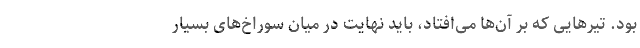
بود. تیرهایی که بر آن‌ها می‌افتاد، باید نهایت در میان سوراخ‌های بسیار